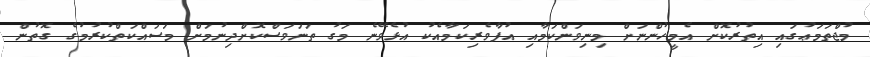
މުޖްތަމަޢުގައި އިތުރުކޮށް އެމީހުންނަށް މިނިވަންކަމާއި އުފާވެރިކަމާއެކު އުޅެވޭނެ މަގު ތަނަވަސްކޮށްދިނުމަށް މަސައްކަތްކުރުމުގެ ގޮތުން